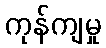
ကုန်ကျမှု